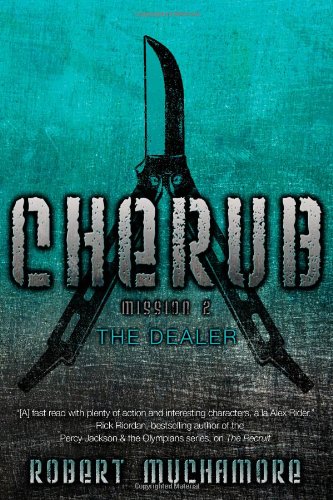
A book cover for The Dealer (CHERUB); Robert Muchamore; Teen & Young Adult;